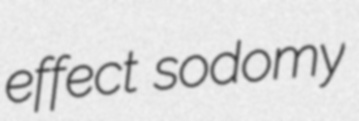
effect sodomy